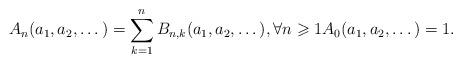
LaTeX: \begin{align*}A_{n}(a_1, a_2, \dots) = \sum_{k=1}^{n} B_{n,k}(a_1, a_2, \dots), \forall n \geqslant 1A_{0}(a_1, a_2, \dots) = 1.\end{align*}